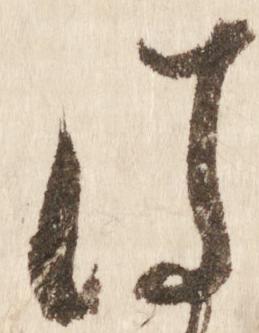
は